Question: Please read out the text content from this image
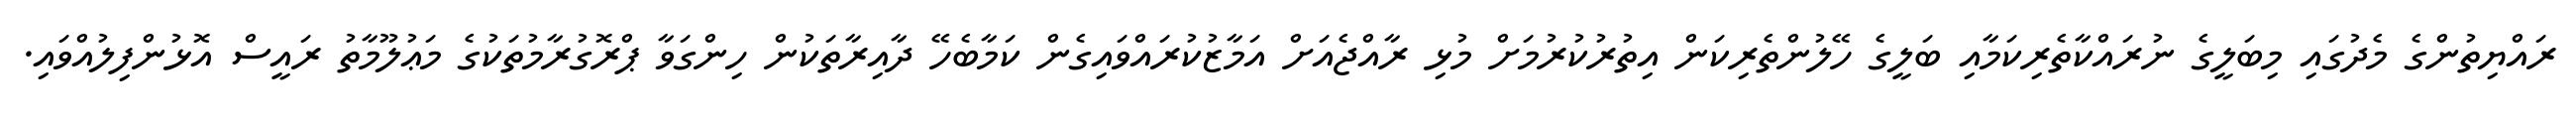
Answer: ރައްޔިތުންގެ މެދުގައި މިބަލީގެ ނުރައްކާތެރިކަމާއި ބަލީގެ ހޭލުންތެރިކަން އިތުރުކުރުމަށް މުޅި ރާއްޖެއަށް އަމާޒުކުރައްވައިގެން ކަމާބެހޭ ދާއިރާތަކުން ހިންގަވާ ޕްރޮގުރާމުތަކުގެ މަޢުލޫމާތު ރައީސް އޮޅުންފިލުއްވައި.